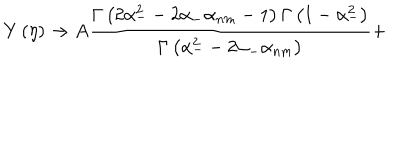
LaTeX: Y \left( \eta \right) \rightarrow A \frac { \Gamma \left( 2 \alpha _ { - } ^ { 2 } - 2 \alpha _ { - } \alpha _ { n m } - 1 \right) \Gamma \left( 1 - \alpha _ { - } ^ { 2 } \right) } { \Gamma \left( \alpha _ { - } ^ { 2 } - 2 \alpha _ { - } \alpha _ { n m } \right) } +